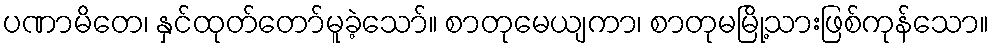
ပဏာမိတေ၊ နှင်ထုတ်တော်မူခဲ့သော်။ စာတုမေယျကာ၊ စာတုမမြို့သားဖြစ်ကုန်သော။